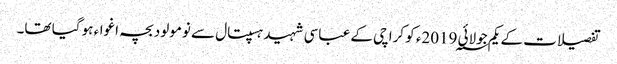
تفصیلات کے یکم جولائی 2019؁ء کو کراچی کے عباسی شہید ہسپتال سے نومولود بچہ اغواء ہو گیا تھا۔